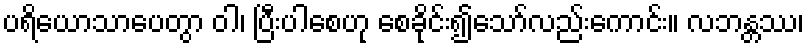
ပရိယောသာပေတွာ ဝါ၊ ပြီးပါစေဟု စေခိုင်း၍သော်လည်းကောင်း။ လဘန္တဿ၊